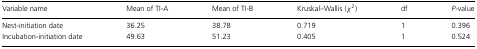
<table><thead><tr><td><b>Variable name</b></td><td><b>Mean of TI-A</b></td><td><b>Mean of TI-B</b></td><td><b>Kruskal–Wallis (χ<sup>2</sup>)</b></td><td><b>df</b></td><td><b><i>P</i>-value</b></td></tr></thead><tbody><tr><td>Nest-initiation date</td><td>36.25</td><td>38.78</td><td>0.719</td><td>1</td><td>0.396</td></tr><tr><td>Incubation-initiation date</td><td>49.63</td><td>51.23</td><td>0.405</td><td>1</td><td>0.524</td></tr></tbody></table>